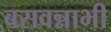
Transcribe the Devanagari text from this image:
बसवन्नाभी